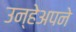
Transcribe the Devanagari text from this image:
उन्हेअपने